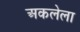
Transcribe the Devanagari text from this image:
अकलेला